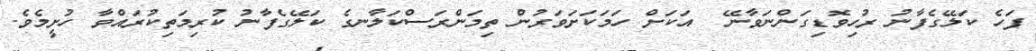
ފަހެ ކަލޭގެފާނު ރުހިވޮޑިގަންނަވާނޭ  އަކަށް ހަމަކަށަވަރުން ތިމަންރަސްކަލާނގެ ކަލޭގެފާނު ކުރިމަތިކުރައްވާ ހުށީމެވެ.